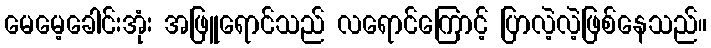
မေမေ့ခေါင်းအုံး အဖြူရောင်သည် လရောင်ကြောင့် ပြာလဲ့လဲ့ဖြစ်နေသည်။